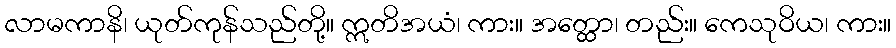
လာမကာနိ၊ ယုတ်ကုန်သည်တို့။ ဣတိအယံ၊ ကား။ အတ္ထော၊ တည်း။ ကေသုဝိယ၊ ကား။